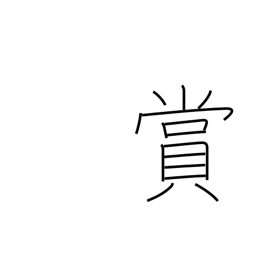
Meaning: reward